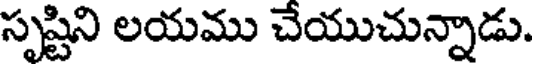
సృష్టిని లయము చేయుచున్నాడు.